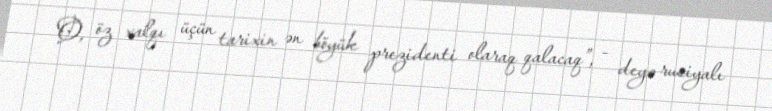
O, öz xalqı üçün tarixin ən böyük prezidenti olaraq qalacaq”, - deyə rusiyalı